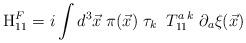
LaTeX: \begin{align*}{\rm H}_{11}^{F}=i\int d^{3}{\vec{x}}\;\pi ({\vec{x}})\;\tau_{k}\;\;T_{11}^{a\;k}\;\partial _{a}{\xi }(\vec{x})\end{align*}